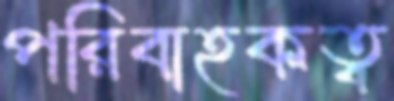
পরিবাহকত্ব